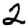
Digit: 2